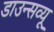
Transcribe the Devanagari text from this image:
डाउन्सव्यू